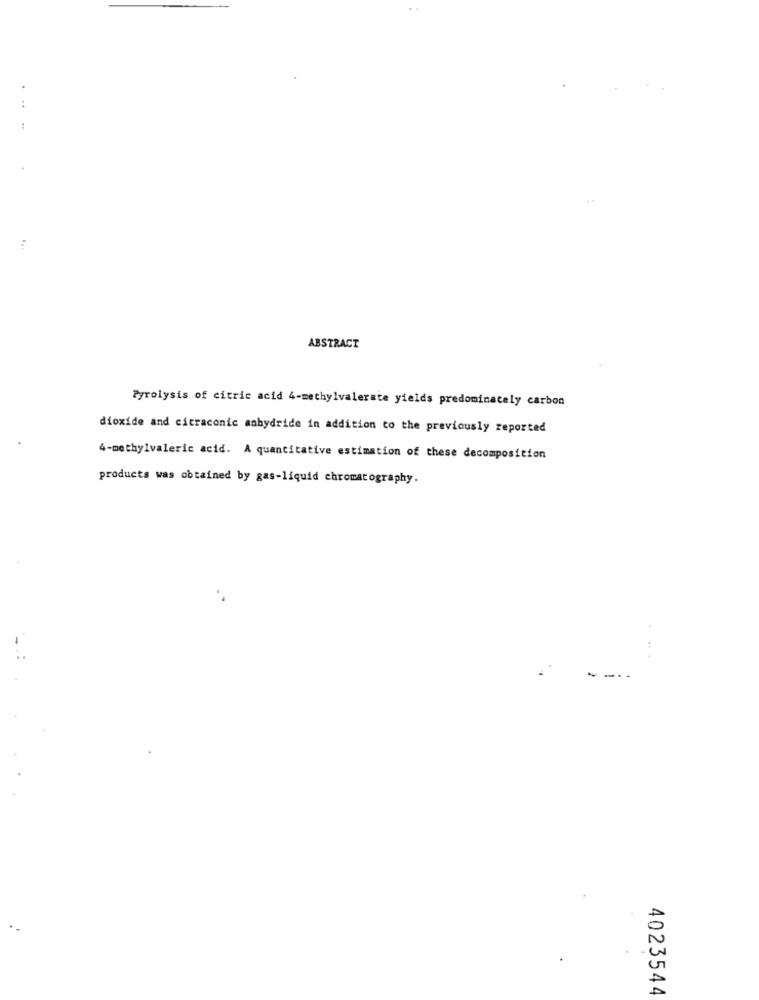
ABSTRACT
Pyrolysis of citric acid 4-methylvalerate yields predominately carbon
dioxide and citraconic anhydride in addition to the previously reported
4-methylvaleric acid. A quantitative estimation of these decomposition
products was obtained by gas-liquid chromatography.
4023544